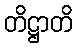
တိဋ္ဌာတိ